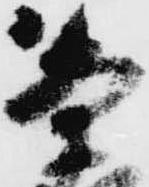
条